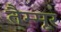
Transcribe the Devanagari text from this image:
तैम्मूर